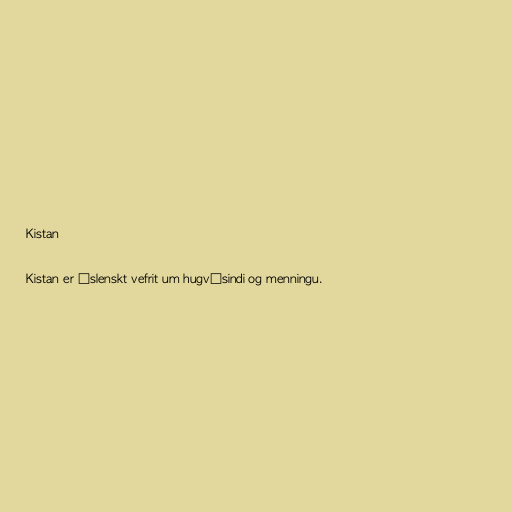
Kistan

Kistan er íslenskt vefrit um hugvísindi og menningu.